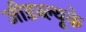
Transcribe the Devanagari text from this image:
जीडब्ल्यूके